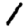
Digit: 1